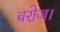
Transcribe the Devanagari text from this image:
बरोज।